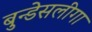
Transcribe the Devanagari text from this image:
बुन्डेसलीगा